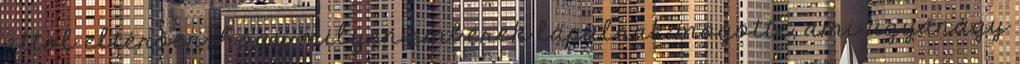
attól eltérően, hogy milyen emberek lapulnak mögötte, ami ugyanúgy